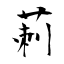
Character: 莿